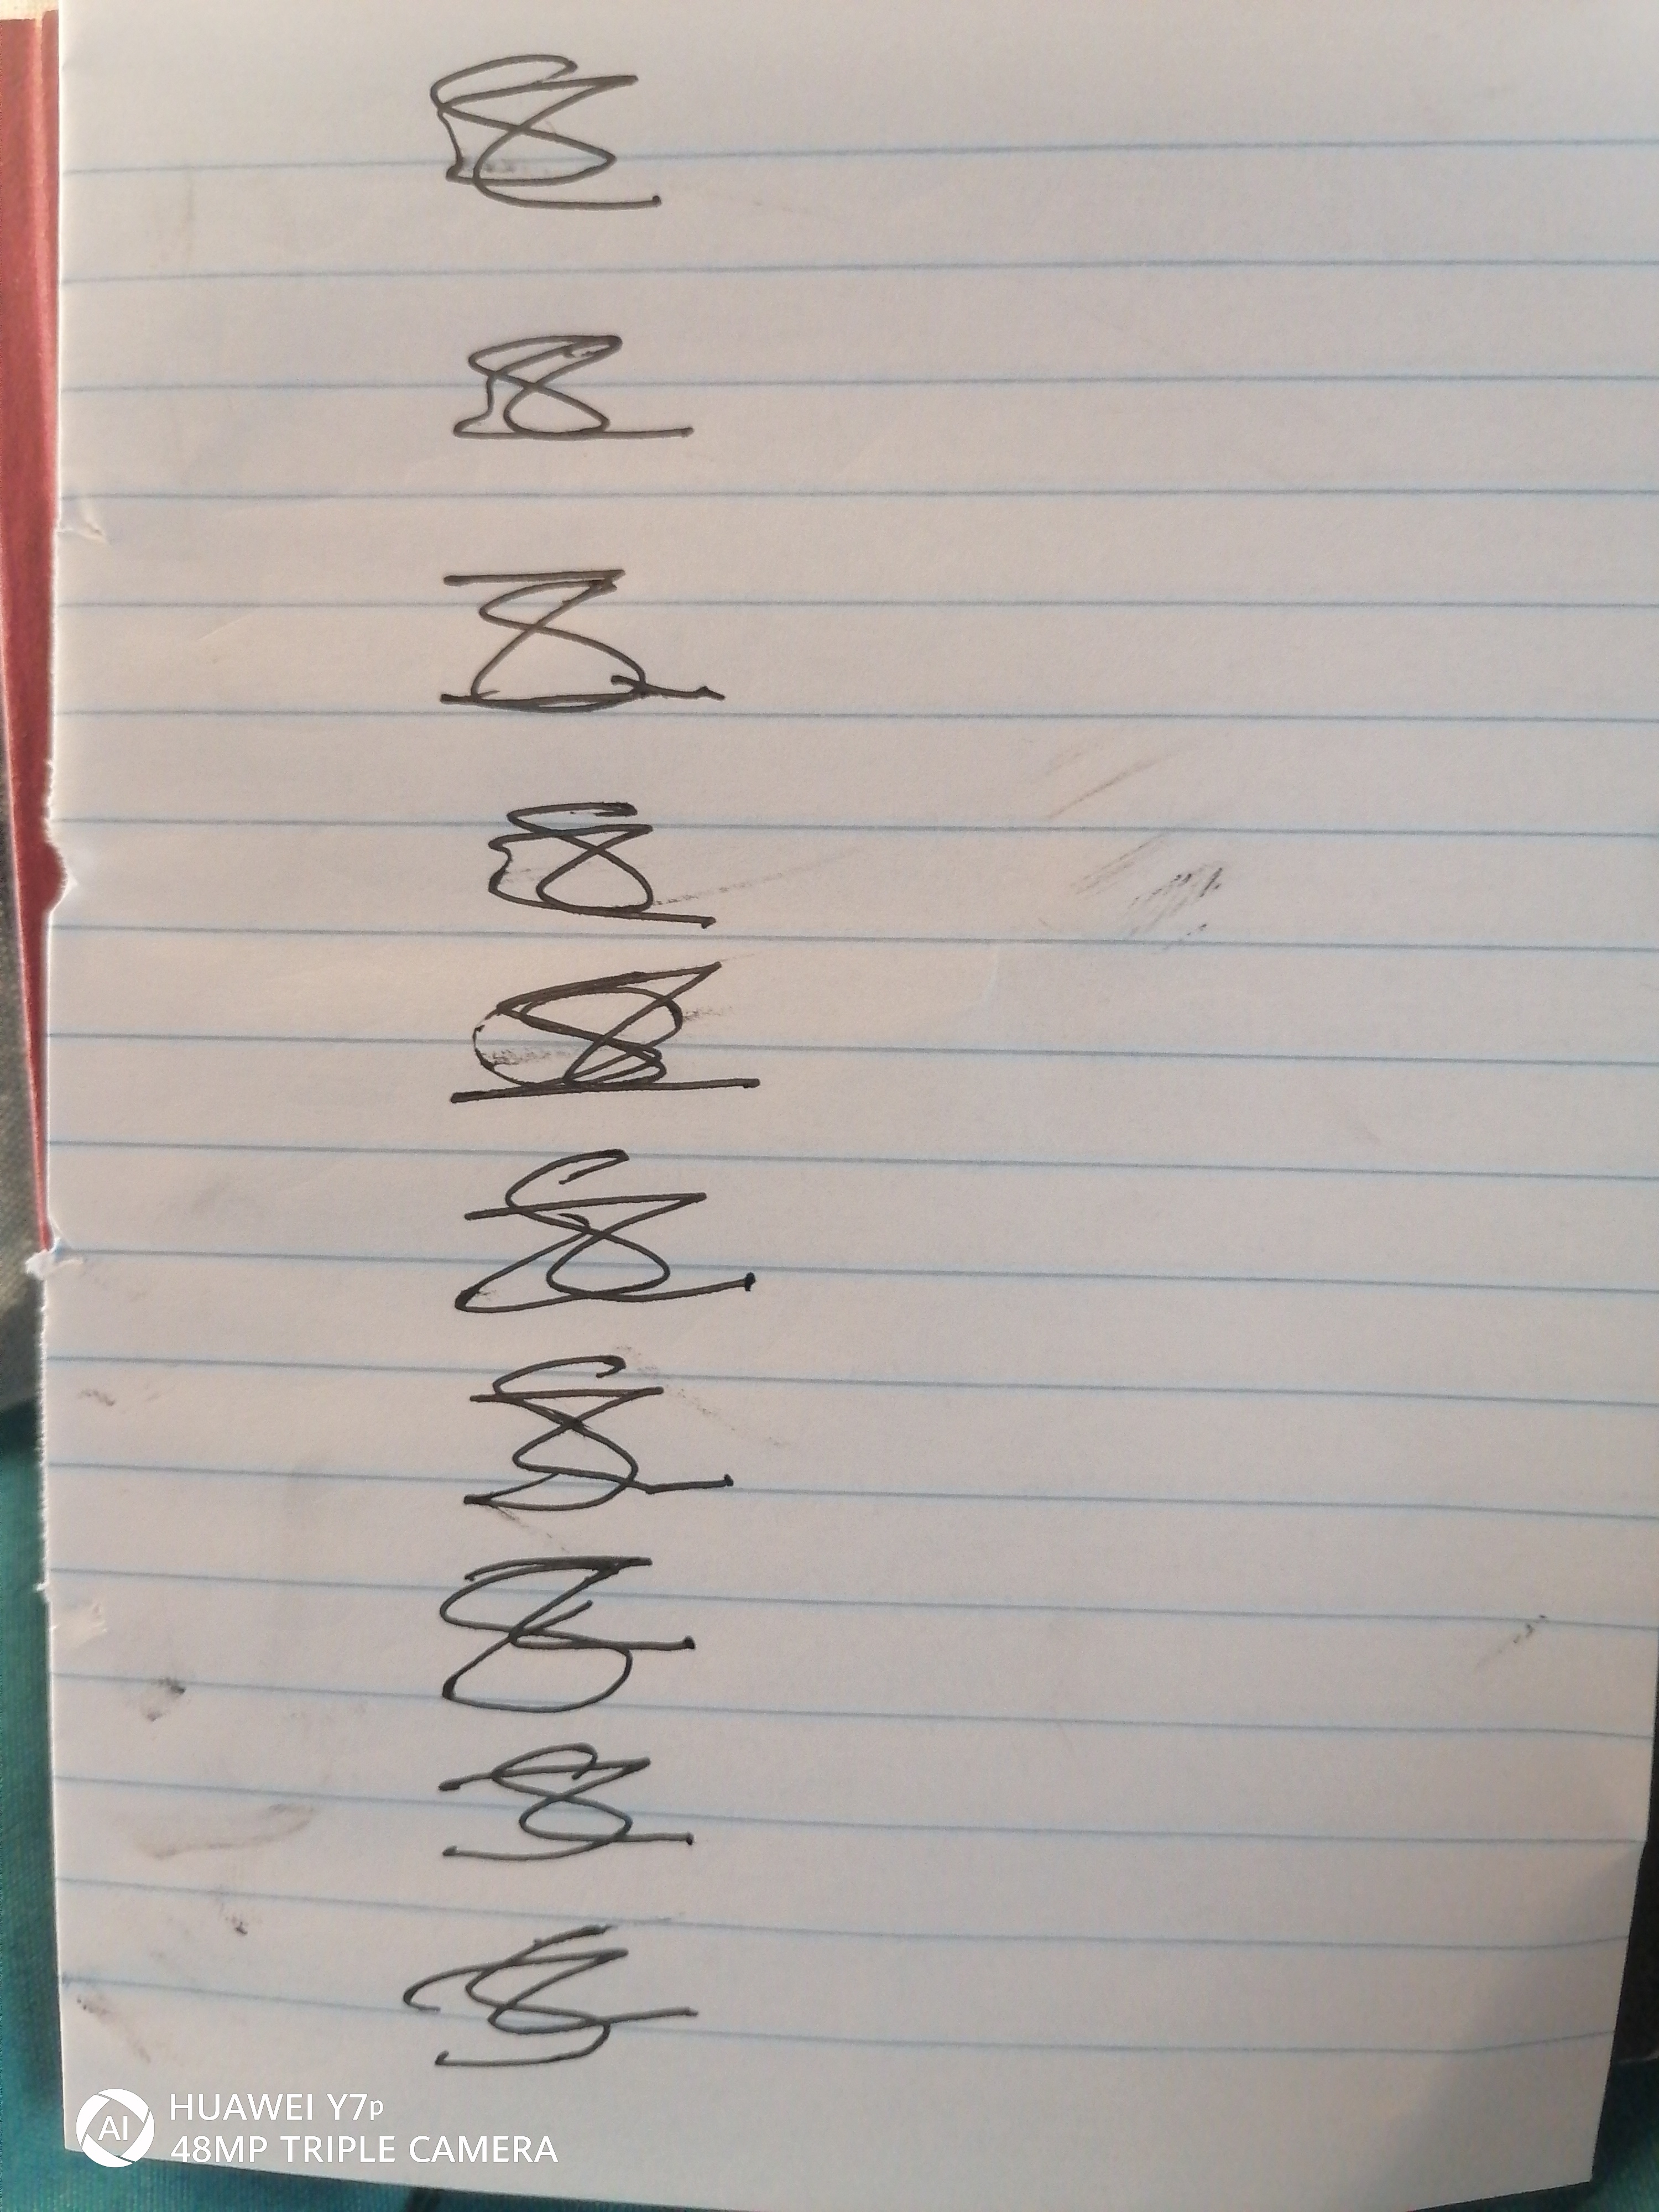
Signature authenticity: forged